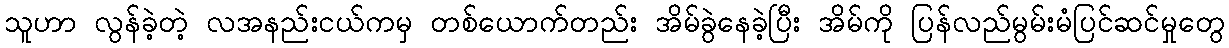
သူဟာ လွန်ခဲ့တဲ့ လအနည်းငယ်ကမှ တစ်ယောက်တည်း အိမ်ခွဲနေခဲ့ပြီး အိမ်ကို ပြန်လည်မွမ်းမံပြင်ဆင်မှုတွေ